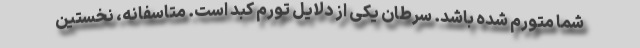
شما متورم شده باشد. سرطان یکی از دلایل تورم کبد است. متاسفانه، نخستین